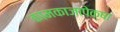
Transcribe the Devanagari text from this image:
कामकाजापेक्षा